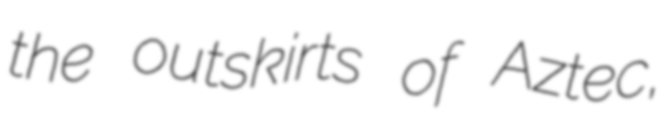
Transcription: the outskirts of Aztec,